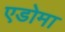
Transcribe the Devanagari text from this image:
एडोमा